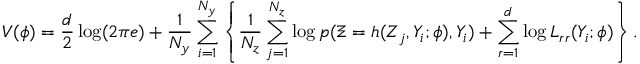
V ( \phi ) = \frac { d } { 2 } \log ( 2 \pi e ) + \frac { 1 } { N _ { y } } \sum _ { i = 1 } ^ { N _ { y } } \left\{ \frac { 1 } { N _ { z } } \sum _ { j = 1 } ^ { N _ { z } } \log p ( \Xi = h ( Z _ { j } , Y _ { i } ; \phi ) , Y _ { i } ) + \sum _ { r = 1 } ^ { d } \log L _ { r r } ( Y _ { i } ; \phi ) \right\} .